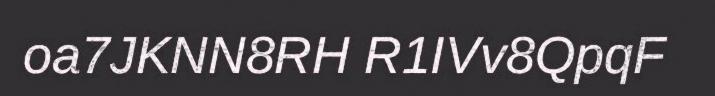
oa7JKNN8RH R1IVv8QpqF